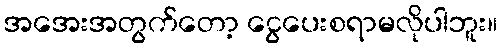
အအေးအတွက်တော့ ငွေပေးစရာမလိုပါဘူး။